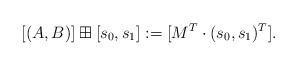
LaTeX: \begin{align*}[(A,B)] \boxplus [s_0,s_1] := [M^T\cdot (s_0,s_1)^T].\end{align*}